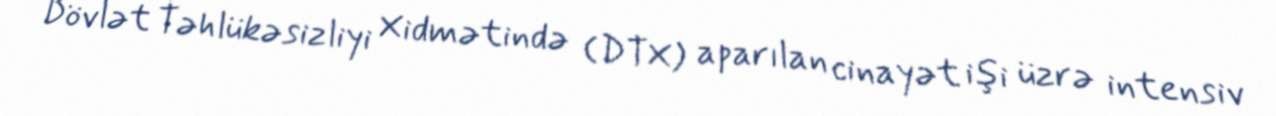
Dövlət Təhlükəsizliyi Xidmətində (DTX) aparılan cinayət işi üzrə intensiv